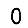
Digit: 0